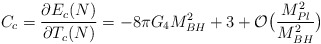
\begin{align*}C_c=\frac{\partial E_c(N)}{\partial T_c(N)} = -8\pi G_4 M_{BH}^2+ 3 +{\cal O}\big(\frac{M_{Pl}^2}{M_{BH}^2}\big)\end{align*}